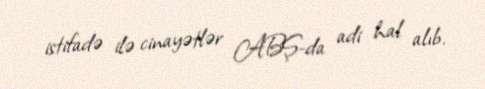
istifadə ilə cinayətlər ABŞ-da adi hal alıb.